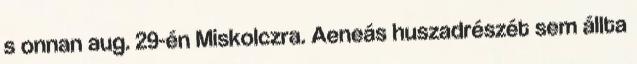
s onnan aug. 29-én Miskolczra. Aeneás huszadrészét sem állta